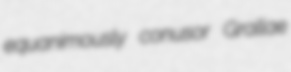
equanimously conusor Grallae